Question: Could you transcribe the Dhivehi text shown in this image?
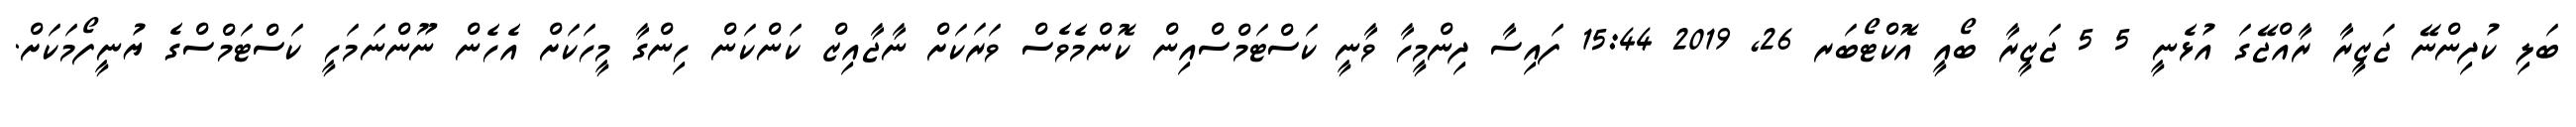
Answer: ބަލި ކުދިންނޭ ޖަޒީރާ ރާއްޖޭގަ އުޅެނީ 5 5 ޖަޒީރާ ބޯއީ އޮކްޓޯބަރ 26, 2019 15:44 ފައިސާ ދިންމީހާ ވާނީ ކަސްޓަމްސްއިން ކޮންމެވެސް ވަރަކަށް ނާޖާއިޒް ކަންކަން ހިންގާ މީހަކަށް އެހެން ނޫންނަމަހީ ކަސްޓަމްސްގެ ޔުނީފޯމަކަށް.